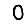
Digit: 0